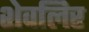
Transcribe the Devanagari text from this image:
शेवलिर